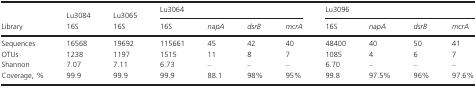
| <ROWSPAN=2> Library | Lu3084 | Lu3065 | <COLSPAN=4> Lu3064 | <COLSPAN=4> Lu3096 |
 | 16S | 16S | 16S | napA | dsrB | mcrA | 16S | napA | dsrB | mcrA |
 | --- | --- | --- | --- | --- | --- | --- | --- | --- | --- | --- |
 | Sequences | 16568 | 19692 | 115661 | 45 | 42 | 40 | 48400 | 40 | 50 | 41 |
 | OTUs | 1238 | 1197 | 1515 | 11 | 8 | 7 | 1085 | 4 | 6 | 7 |
 | Shannon | 7.07 | 7.11 | 6.73 | – | – | – | 6.70 | – | – | – |
 | Coverage, % | 99.9 | 99.9 | 99.9 | 88.1 | 98% | 95% | 99.8 | 97.5% | 96% | 97.6% |